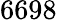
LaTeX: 6698